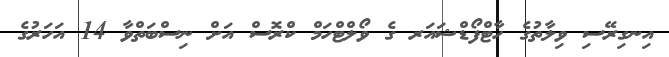
އިނގިރޭސި ވިލާތުގެ ހާޓްފޯޑްޝައަރ ގެ ވޯލްޓްހަމް ކްރޮސް އަށް ނިސްބަތްވާ 14 އަހަރުގެ